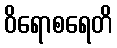
ဝိရောစရေတိ